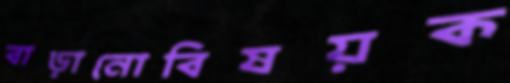
বাড়ানোবিষয়ক